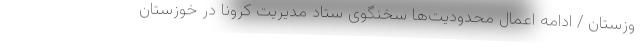
وزستان / ادامه اعمال محدودیت‌ها سخنگوی ستاد مدیریت کرونا در خوزستان